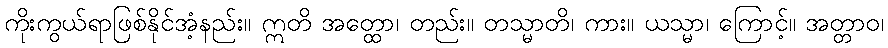
ကိုးကွယ်ရာဖြစ်နိုင်အံ့နည်း။ ဣတိ အတ္ထော၊ တည်း။ တသ္မာတိ၊ ကား။ ယသ္မာ၊ ကြောင့်။ အတ္တာဝ၊